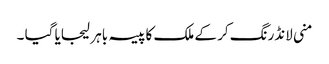
منی لانڈرنگ کر کے ملک کا پیسہ باہر لیجایا گیا ۔